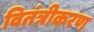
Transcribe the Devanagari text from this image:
वितंत्रीकरण